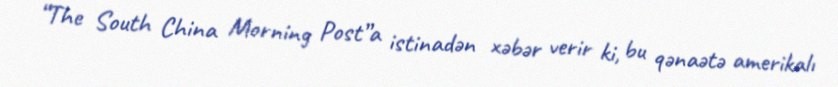
“The South China Morning Post”a istinadən xəbər verir ki, bu qənaətə amerikalı